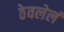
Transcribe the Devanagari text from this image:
ठेवलेलं